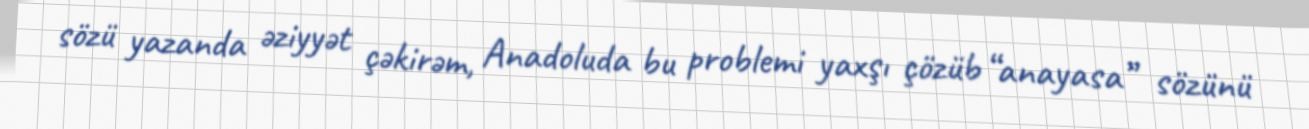
sözü yazanda əziyyət çəkirəm, Anadoluda bu problemi yaxşı çözüb “anayasa” sözünü